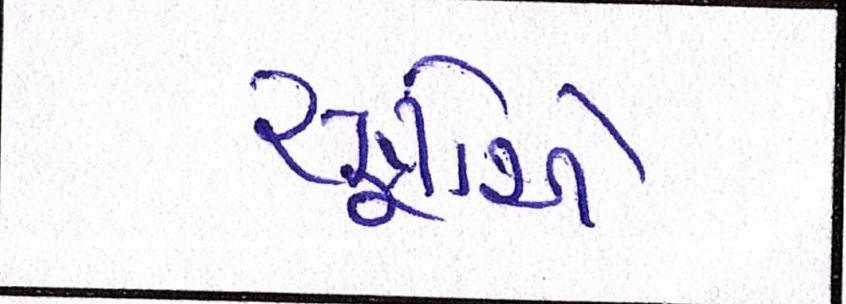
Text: સૂત્રોએ